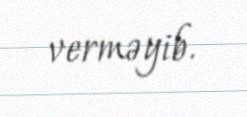
verməyib.